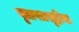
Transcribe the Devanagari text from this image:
वृत्तपत्रसृष्टीचा